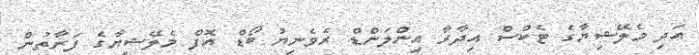
އަދި މެލޭޝިޔާގެ ޓެކްސް އިދާރާ އިންލަންޑް ރެވެނިޔު ބޯޑް އޮފް މެލޭޝިޔާގެ ފަރާތުން